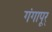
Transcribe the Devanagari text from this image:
गंगापूर्